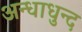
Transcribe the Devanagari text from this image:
अन्धाधुन्द